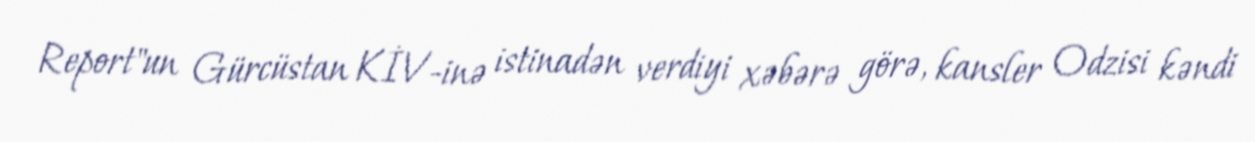
Report"un Gürcüstan KİV-inə istinadən verdiyi xəbərə görə, kansler Odzisi kəndi